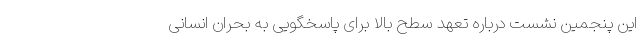
این پنجمین نشست درباره تعهد سطح بالا برای پاسخگویی به بحران انسانی